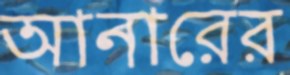
আনারের